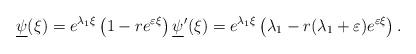
LaTeX: \begin{align*} \underline{\psi}(\xi)=e^{\lambda_1\xi}\left(1-re^{\varepsilon \xi}\right) \underline{\psi}'(\xi)=e^{\lambda_1\xi}\left(\lambda_1-r(\lambda_1+\varepsilon)e^{\varepsilon\xi}\right).\end{align*}